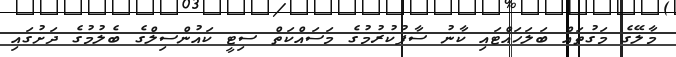
މާލޭގެ މަގުތައް ބަލަހައްޓައި ކާނު ސާފުކުރުމުގެ މަސައްކަތް ސިޓީ ކައުންސިލްގެ ބެލުމުގެ ދަށުގައި